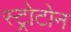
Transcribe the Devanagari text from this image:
स्ट्रोटोन